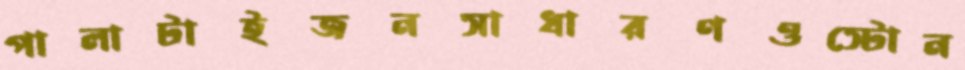
পালাটাইজনসাধারণওস্টোন